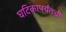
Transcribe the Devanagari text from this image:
घटिकापर्यंतची